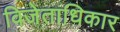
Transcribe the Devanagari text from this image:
विजेताधिकार